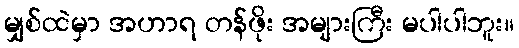
မျှစ်ထဲမှာ အဟာရ တန်ဖိုး အများကြီး မပါပါဘူး။